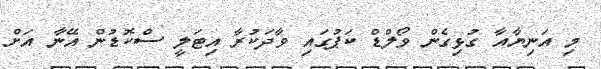
މި އަނިޔާއާ ގުޅިގެން ވޯލްޑް ކަޕުގައި ވާދަކުރާ އިޓަލީ ސްކޮޑުން އޭނާ އަށް